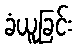
ခံယူခြင်း